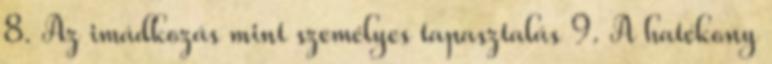
8. Az imádkozás mint személyes tapasztalás 9. A hatékony